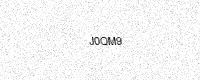
Text: J0QM9